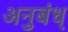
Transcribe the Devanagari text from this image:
अनुबंध्